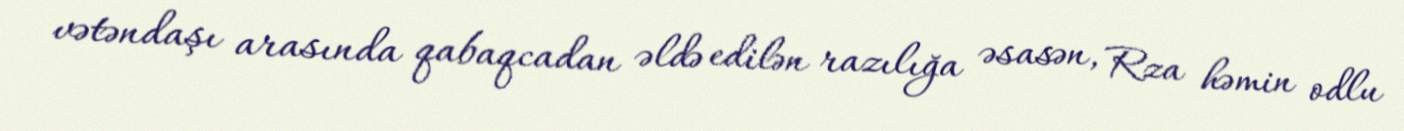
vətəndaşı arasında qabaqcadan əldə edilən razılığa əsasən, Rza həmin odlu